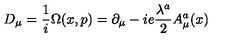
D _ { \mu } = \frac { 1 } { i } \Omega ( x , p ) = \partial _ { \mu } - i e \frac { \lambda ^ { a } } { 2 } A _ { \mu } ^ { a } ( x )